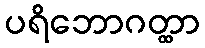
ပရိဘောဂတ္ထာ